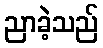
ညာခဲ့သည်